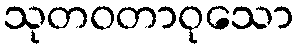
သုတဝတာဝုသော